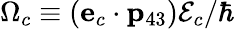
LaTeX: \Omega_{c}\equiv({\mathbf e}_{c}\cdot{\mathbf p}_{43}){\cal E}_{c}/\hbar